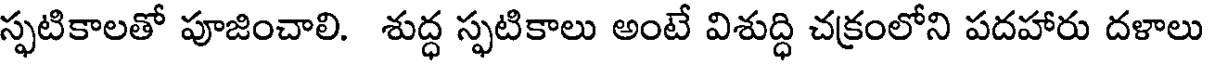
స్ఫటికాలతో పూజించాలి. శుద్ధ స్ఫటికాలు అంటే విశుద్ధి చక్రంలోని పదహారు దళాలు